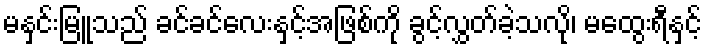
မနှင်းမြူသည် ခင်ခင်လေးနှင့်အဖြစ်ကို ခွင့်လွှတ်ခဲ့သလို၊ မထွေးရီနှင့်